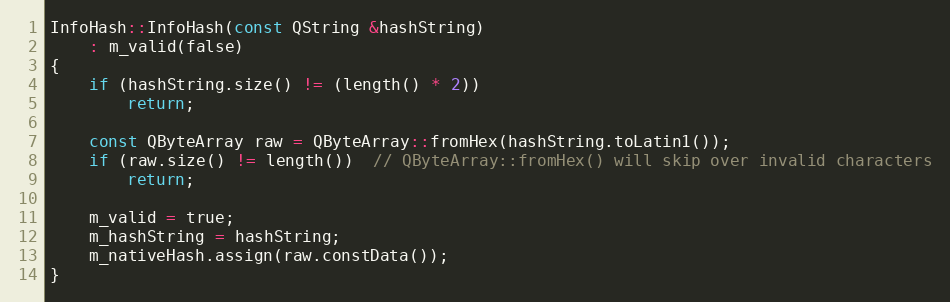
Language: C++
InfoHash::InfoHash(const QString &hashString)
    : m_valid(false)
{
    if (hashString.size() != (length() * 2))
        return;

    const QByteArray raw = QByteArray::fromHex(hashString.toLatin1());
    if (raw.size() != length())  // QByteArray::fromHex() will skip over invalid characters
        return;

    m_valid = true;
    m_hashString = hashString;
    m_nativeHash.assign(raw.constData());
}